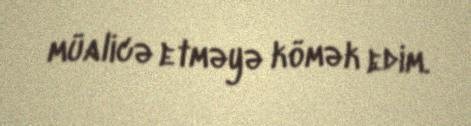
müalicə etməyə kömək edim.